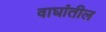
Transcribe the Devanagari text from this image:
वाघांतील